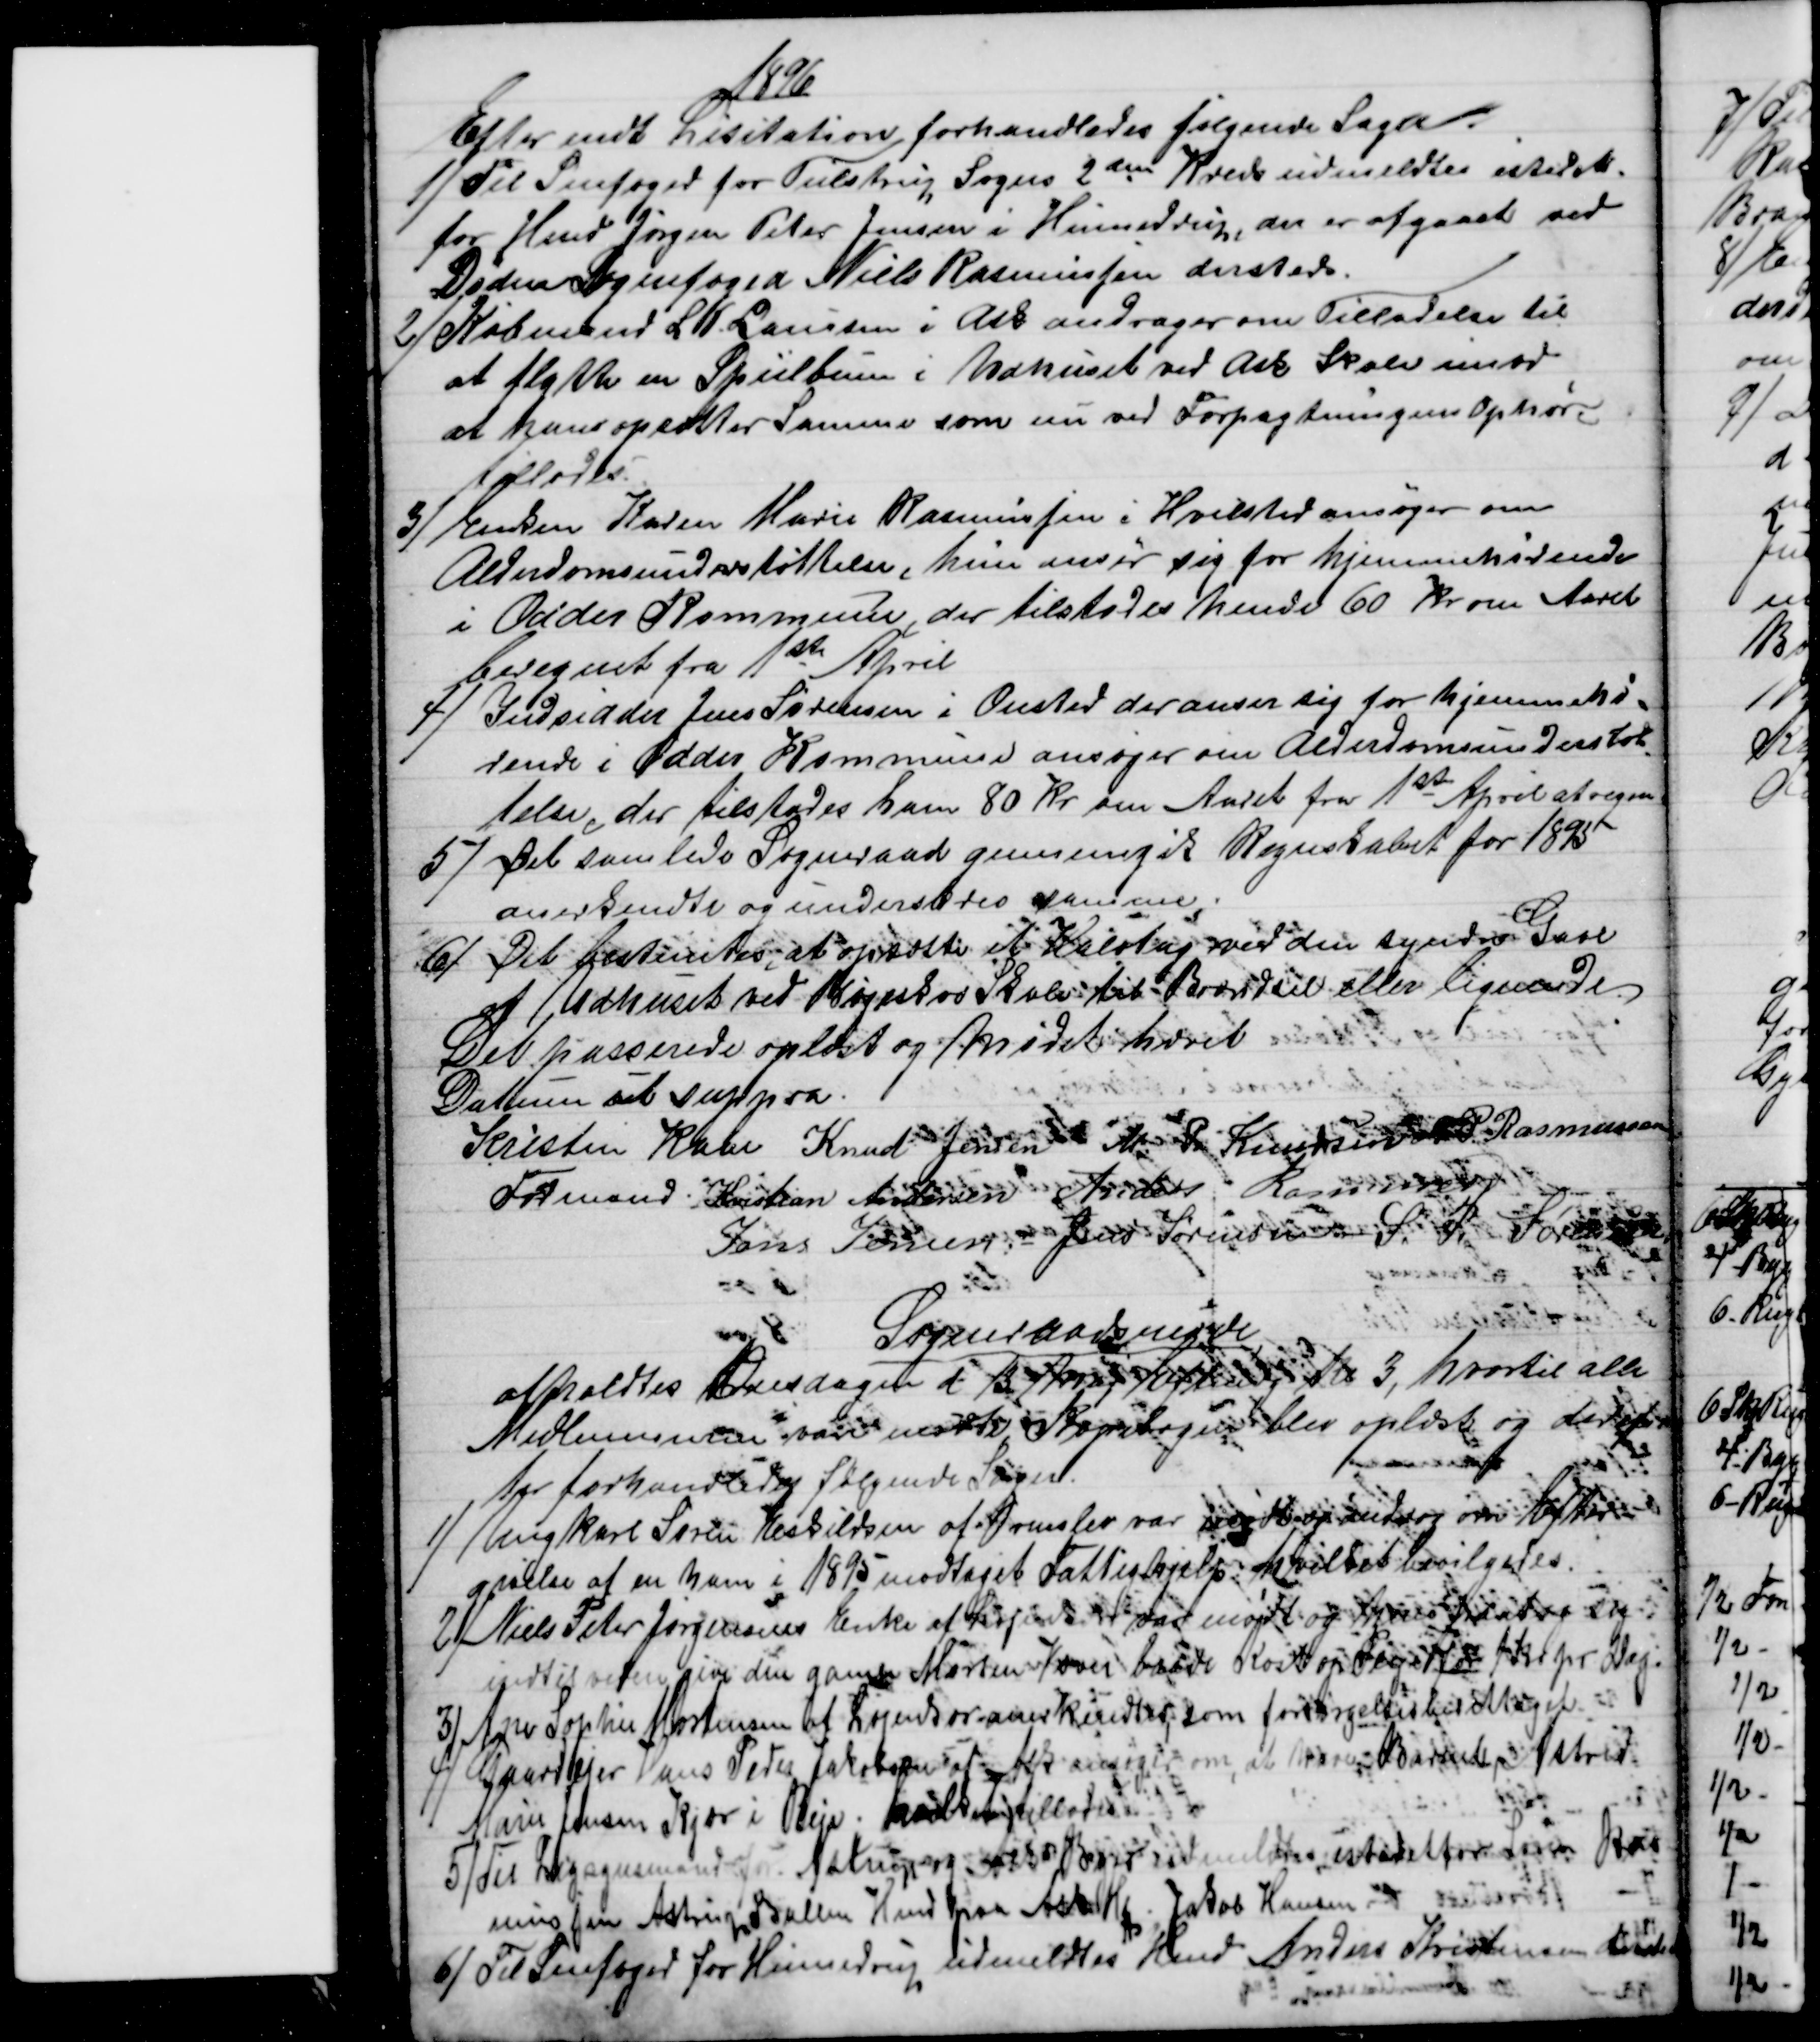
Transskription:
1896
Efter endt Lisitation forhandledes følgende Sager.
1)
Til Snefoged for Tulstrup Sogns 2den Kreds udmeldtes istedet-
for Hmd Jørgen Peter Jensen i Hinnedrup, der er afgaaet ved
Døden Sognefoged Niels Rasmussen dersteds.
2) 
Købmand L. K. Laursen i Ask andrager om Tilladelse til
at flytte en Spielbum i Udhuset ved Ask Skole imod
at hans opsætter Samme som nu ved Forpagtningens Ophør.
tillodes.
3)
Enken Karen Marie Rasmussen i Hvilsted ansøger om
Alderdomsunderstøttelse, hun anser sig for hjemmehørende
i Odder Kommune, der tilstodes hende 60 Kr om Aaret
beregnet fra 1ste April
4)
Indsidder Jens Sørensen i Onsted der anser sig for hjemmehø=
rende i Odder Kommune ansøger om Alderdomsunderstøt
=
telse, der tilstodes ham 80 Kr om Aaret fra 1ste April at regne.
5) 
Det samlede Sogneraad gennemgik Regnskabet for 1895
anerkendte og underskrev samme,
6) 
Det bestemtes, at opsætte et Halvtag med den syndre Gavl
af Udhuset ved Bøgeskov Skole til Brændsel eller lignende
Det passerede oplæst og Mødet hævet
Datum ut suppra.
Kristen Kaae 
Formand. 
Knud Jensen M. P. Knudsen N P. Rasmussen
Kristian Andersen Anders Rasmussen
Jens Jensen. Jens Sørensen  S.P. Sørensen
Sogneraadsmøde
afholdtes Onsdagen i 13 April Eftmdg Kl 3, hvortil alle
Medlemmerne var mødte, Kopibogen blev oplæst og deref-
ter forhandledes følgende Sager
1) 
Ungkarl Søren Eskildsen af Framlev var mødt og androg om Efter-
givelse af en ham i 1895 modtaget Fattighjelp: hvilket bevilgedes.
2)
Niels Peter Jørgensens Enke af Løjenkær var mødt og hun paatog sig
indtil videre give den gamle Morten Væver baade Kost og Pleje for 1 Kr pr Dag.
3)
Ane Sophie Mortensen af Løjenkær anerkendtes, som forsørgelsesberettiget.
4) 
Gaardejer Hans Peder Jakobsen af Ask ansøger om, at have Barnet Astrid
Marie Jensen Kjær i Pleje. hvilket tillodes
5 )
Til Ligsynsmand for Astrup og Ask Byer udmeldtes istedetfor Søren Ras
mussen fra Astrup Ballen Hmd paa Astrup Mk  Jakob Hansen
6)
 Til Snefoged for Hinnedrup udmeldtes Hmd Anders Kristensen dersteds